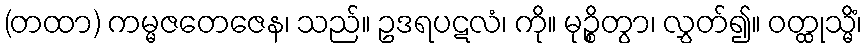
(တထာ) ကမ္မဇတေဇေန၊ သည်။ ဥဒရပဋလံ၊ ကို။ မုဉ္စိတွာ၊ လွှတ်၍။ ဝတ္ထုသ္မိံ၊